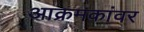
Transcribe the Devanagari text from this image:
आक्रमकांवर